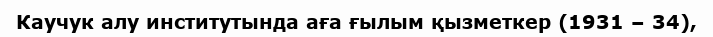
Каучук алу институтында аға ғылым қызметкер (1931 – 34),